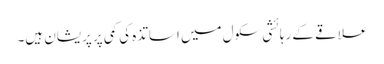
علاقے کے رہائشی سکول میں اساتذہ کی کمی پر پریشان ہیں۔